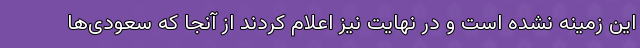
این زمینه نشده است و در نهایت نیز اعلام کردند از آنجا که سعودی‌ها